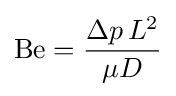
\mathrm {Be} ={\frac {\Delta p\,L^{2}}{\mu D}}